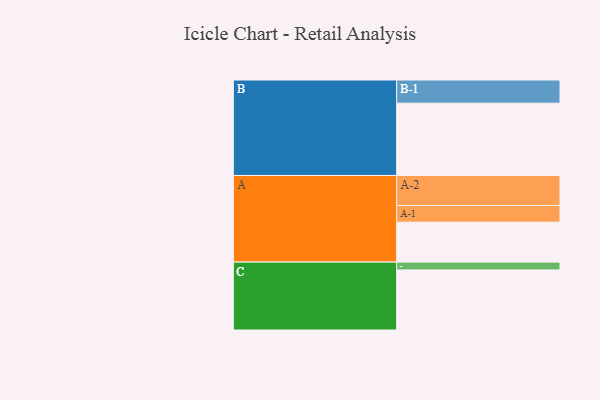
{"axis": {"x": "Segment", "y": "Value"}, "legend": ["", "A", "B", "C"], "data": [{"x": "A", "y": 307, "type": ""}, {"x": "B", "y": 556, "type": ""}, {"x": "C", "y": 462, "type": ""}, {"x": "A-1", "y": 128, "type": "A"}, {"x": "A-2", "y": 231, "type": "A"}, {"x": "B-1", "y": 178, "type": "B"}, {"x": "C-1", "y": 60, "type": "C"}]}